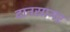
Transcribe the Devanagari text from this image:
दानसागर